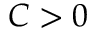
C > 0